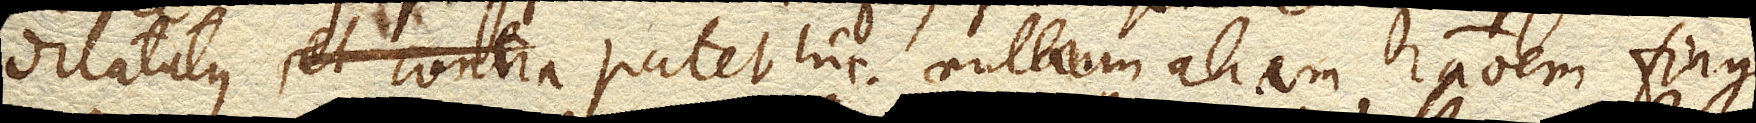
dilatatus, et contra patet hic nullam aliam rationem fingi